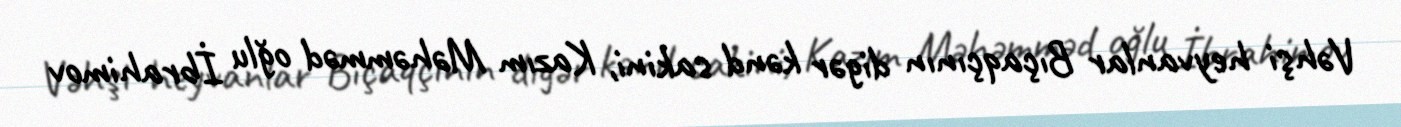
Vəhşi heyvanlar Bıçaqçının digər kənd sakini, Kazım Məhəmməd oğlu İbrahimov